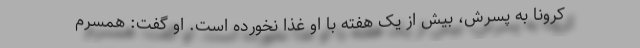
کرونا به پسرش، بیش از یک هفته با او غذا نخورده است. او گفت: همسرم